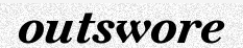
outswore